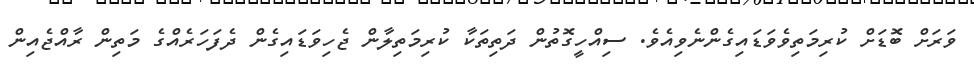
ވަރަށް ބޮޑަށް ކުރިމަތިވެވަޑައިގެންނެވިއެވެ. ސިއްހީގޮތުން ދަތިތަކާ ކުރިމަތިލާން ޖެހިވަޑައިގެން ދެފަހަރެއްގެ މަތިން ރާއްޖެއިން